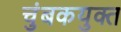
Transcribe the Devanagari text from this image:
चुंबकयुक्त